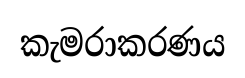
කැමරාකරණය